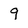
Character: 9